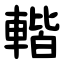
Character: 䡡